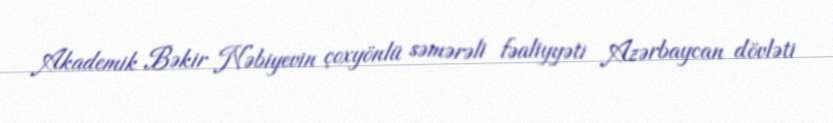
Akademik Bəkir Nəbiyevin çoxyönlü səmərəli fəaliyyəti Azərbaycan dövləti